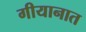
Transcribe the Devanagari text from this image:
गीयानात